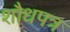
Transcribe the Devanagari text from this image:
शौधपत्र